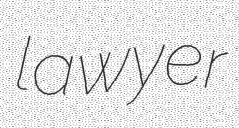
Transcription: lawyer